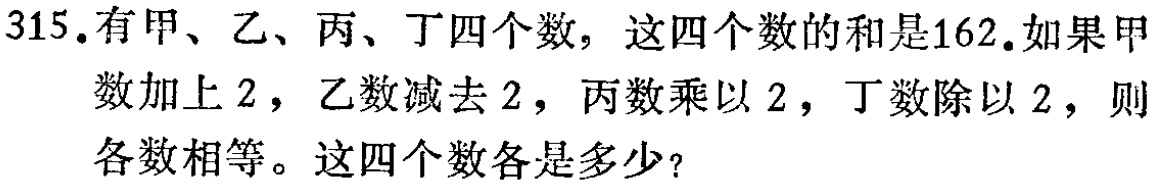
315.有甲、乙、丙、丁四个数，这四个数的和是162.如果甲数加上 2，乙数减去 2，丙数乘以 2，丁数除以 2，则各数相等。这四个数各是多少？